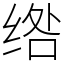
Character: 绺